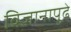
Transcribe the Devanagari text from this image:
विज्ञानापुढे